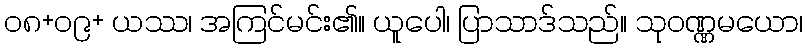
၀၈+၀၉+ ယဿ၊ အကြင်မင်း၏။ ယူပေါ၊ ပြာသာဒ်သည်။ သုဝဏ္ဏမယော၊